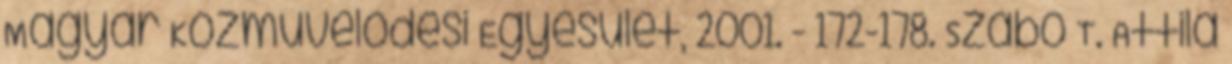
Magyar Közművelődési Egyesület, 2001. - 172-178. Szabó T. Attila